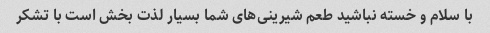
با سلام و خسته نباشید طعم شیرینی‌های شما بسیار لذت بخش است با تشکر